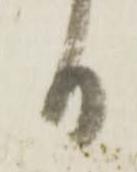
日